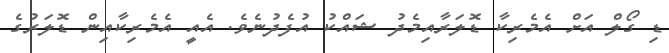
ޑި ގޯލް އަށް އެމެރިކާ ޑޮލަރާއިމެދު ޝައްކު އުފެދުނެވެ. އެއީ އެމެރިކާއިން ޑޮލަރުގެ